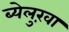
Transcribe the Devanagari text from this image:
ब्येलुख़ा